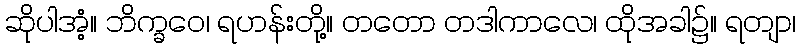
ဆိုပါအံ့။ ဘိက္ခဝေ၊ ရဟန်းတို့။ တတော တဒါကာလေ၊ ထိုအခါ၌။ ရတျာ၊